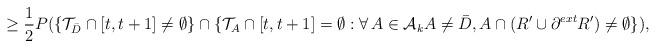
LaTeX: \begin{align*} \geq \frac{1}{2} P( \{ \mathcal{T}_{\bar D} \cap [t, t +1] \neq\emptyset \}\cap \{ \mathcal{T}_{A} \cap [t, t +1] = \emptyset :\forall \, A \in \mathcal{A}_k A\neq \bar D, A \cap(R' \cup\partial^{ext} R ')\neq \emptyset \} ),\end{align*}